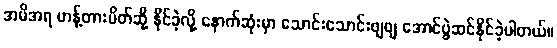
အမိအရ ဟန့်တားပိတ်ဆို့ နိုင်ခဲ့လို့ နောက်ဆုံးမှာ သောင်းသောင်းဖျဖျ အောင်ပွဲဆင်နိုင်ခဲ့ပါတယ်။